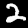
Digit: 2